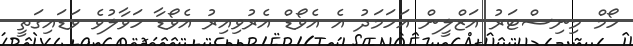
ހޯމް މިނިސްޓަރު އަޒްލީން އަހަމަދު އެ އެވޯޑް އެރުވިއިރު އެވޯޑާ ހަވާލުވެ ވަޑައިގަތީ